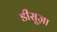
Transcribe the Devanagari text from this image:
डीसूज़ा